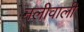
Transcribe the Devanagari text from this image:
नलीवाली